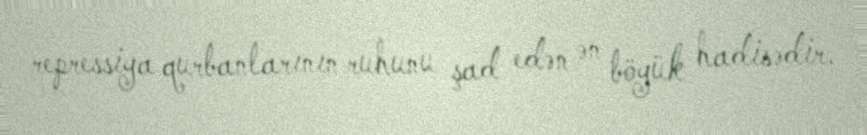
repressiya qurbanlarının ruhunu şad edən ən böyük hadisədir.